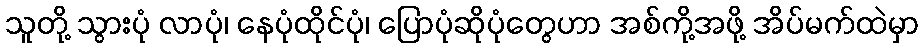
သူတို့ သွားပုံ လာပုံ၊ နေပုံထိုင်ပုံ၊ ပြောပုံဆိုပုံတွေဟာ အစ်ကို့အဖို့ အိပ်မက်ထဲမှာ